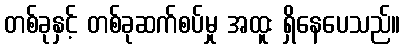
တစ်ခုနှင့် တစ်ခုဆက်စပ်မှု အထူး ရှိနေပေသည်။